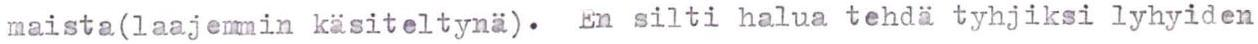
maista(laajemmin käsiteltynä). En silti halua tehdä tyhjiksi lyhyiden